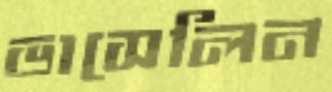
ভাসেলিন